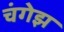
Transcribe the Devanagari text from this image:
चंगेझ